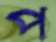
প